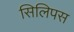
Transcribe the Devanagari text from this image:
सिलिपस